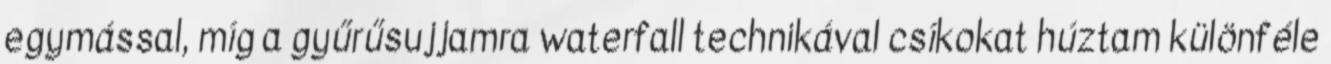
egymással, míg a gyűrűsujjamra waterfall technikával csíkokat húztam különféle